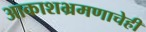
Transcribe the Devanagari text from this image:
आकाशभ्रमणाचेही